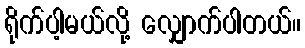
ရိုက်ပါ့မယ်လို့ လျှောက်ပါတယ်။